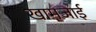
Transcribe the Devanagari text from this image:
खामजाई